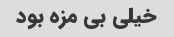
خیلی بی مزه بود